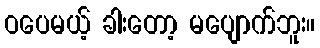
ဝပေမယ့် ခါးတော့ မပျောက်ဘူး။